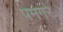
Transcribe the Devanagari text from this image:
पमगरे